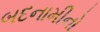
બદનામીનો